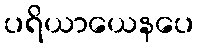
ပရိယာယေနပေ